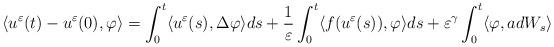
LaTeX: \begin{align*}\langle u^\varepsilon(t) - u^\varepsilon(0) , \varphi \rangle =\int _0 ^t \langle u^\varepsilon(s) , \Delta \varphi \rangle ds + \frac{1}{\varepsilon} \int _0 ^t \langle f(u^\varepsilon(s)) , \varphi \rangle ds + \varepsilon ^\gamma \int _0 ^t \langle \varphi , adW_s \rangle \end{align*}